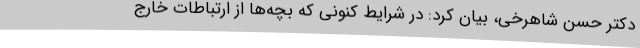
دکتر حسن شاهرخی، بیان کرد: در شرایط کنونی که بچه‌ها از ارتباطات خارج